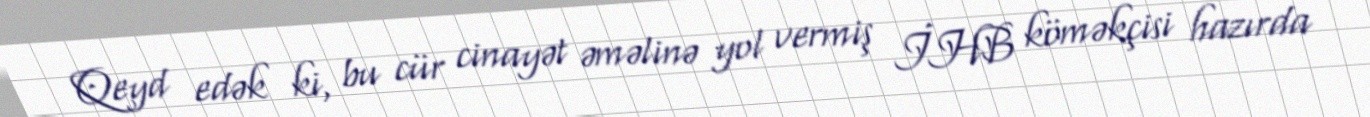
Qeyd edək ki, bu cür cinayət əməlinə yol vermiş İHB köməkçisi hazırda